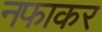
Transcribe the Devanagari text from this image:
नफाकर